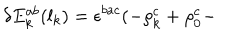
LaTeX: \delta E _ { k } ^ { a b } ( l _ { k } ) = \epsilon ^ { b a c } ( - \rho _ { k } ^ { c } + \rho _ { 0 } ^ { c } -